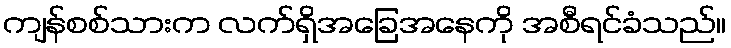
ကျန်စစ်သားက လက်ရှိအခြေအနေကို အစီရင်ခံသည်။